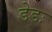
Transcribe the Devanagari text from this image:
डेडः